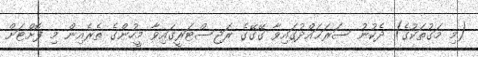
(މި މަގުތަކުގެ) ދެކުނު ސަރަޙައްދުގައިވާ ގޭގޭގެ ރަޖިސްޓަރީގައިވާ މީހުންގެ ތެރެއިން މި ފޮށްޓަށް